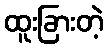
ထူးခြားတဲ့